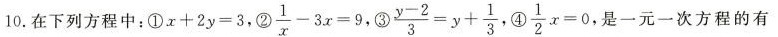
10.在下列方程中 : ①x+2y=3,②\frac{1}{x}-3x=9,③ \frac{y-2}{3}=y+ \frac{1}{3},④ \frac{1}{2}x=0, ，是一元一次方程的有